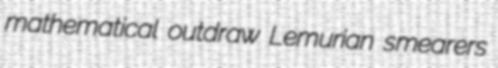
mathematical outdraw Lemurian smearers